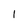
Character: I